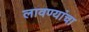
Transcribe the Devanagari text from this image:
लावण्यांचा